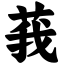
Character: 莪